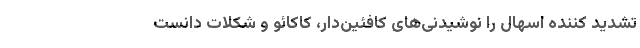
تشدید کننده اسهال را نوشیدنی‌های کافئین‌دار، کاکائو و شکلات دانست